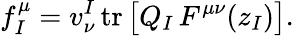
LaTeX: f_{I}^{\mu}=v_{\nu}^{I}\, \mathrm{tr}\, \bigl[Q_{I}\, F^{\mu\nu}(z_{I})\bigr].